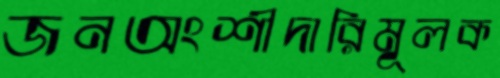
জনঅংশীদারিমূলক